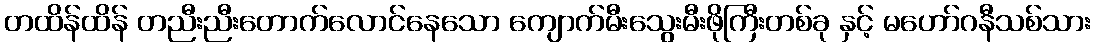
တထိန်ထိန် တညီးညီးတောက်လောင်နေသော ကျောက်မီးသွေးမီးဖိုကြီးတစ်ခု နှင့် မဟော်ဂနီသစ်သား